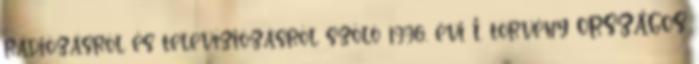
rádiózásról és televíziózásról szóló 1996. évi I. törvény ORSZÁGOS